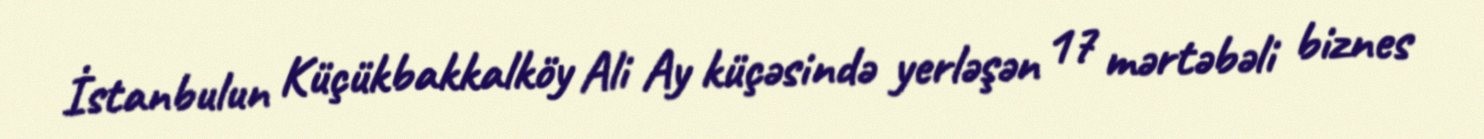
İstanbulun Küçükbakkalköy Ali Ay küçəsində yerləşən 17 mərtəbəli biznes